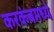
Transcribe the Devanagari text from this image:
करकंबमध्ये